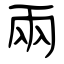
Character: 兩